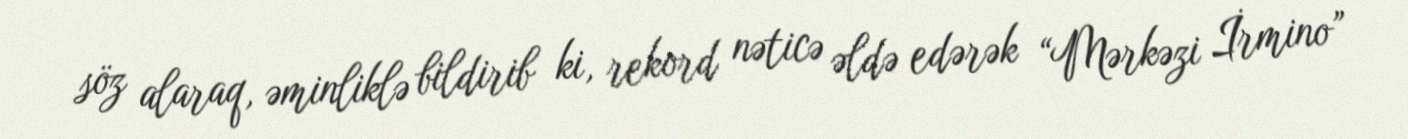
söz alaraq, əminliklə bildirib ki, rekord nəticə əldə edərək “Mərkəzi İrmino”